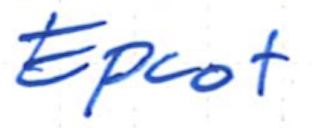
Text: Epcot
Cross-out: clean
Writing tool: ballpoint